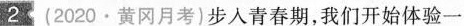
2(2020.黄冈月考)步入青春期，我们开始体验一